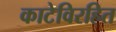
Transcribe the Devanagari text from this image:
काटेविरहित